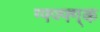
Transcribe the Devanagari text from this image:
ग्फ्ज्फ्ग्क